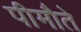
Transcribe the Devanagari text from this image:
पीमौते